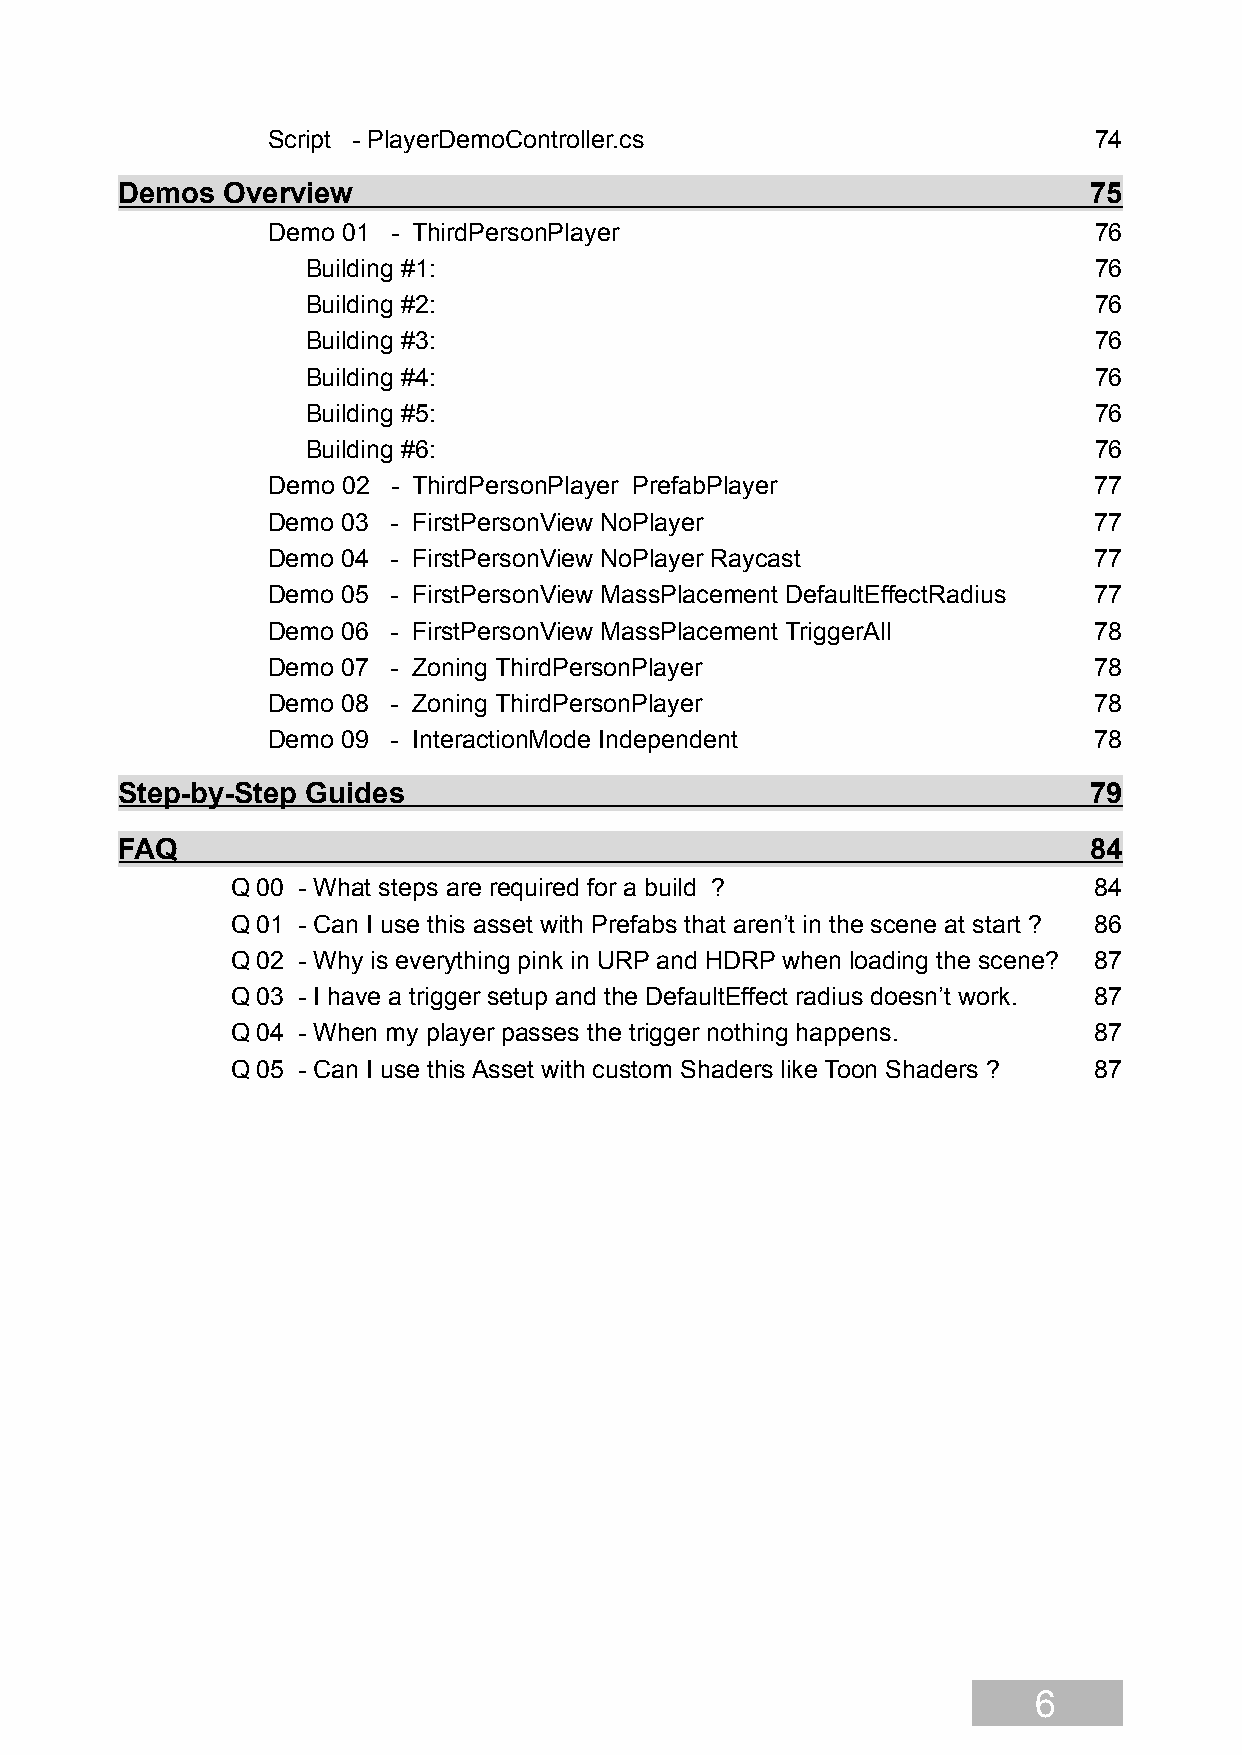
Script - PlayerDemoController.cs                      74
 Demos  Overview                                                 75
 Demo 01 - ThirdPersonPlayer                           76
 Building #1:                                        76
 Building #2:                                        76
 Building #3:                                        76
 Building #4:                                        76
 Building #5:                                        76
 Building #6:                                        76
 Demo 02 - ThirdPersonPlayer PrefabPlayer              77
 Demo 03 - FirstPersonView NoPlayer                    77
 Demo 04 - FirstPersonView NoPlayer Raycast            77
 Demo 05 - FirstPersonView MassPlacement DefaultEffectRadius 77
 Demo 06 - FirstPersonView MassPlacement TriggerAll    78
 Demo 07 - Zoning ThirdPersonPlayer                    78
 Demo 08 - Zoning ThirdPersonPlayer                    78
 Demo 09 - InteractionMode Independent                 78
 Step-by-Step Guides                                             79
 FAQ                                                             84
 Q 00 - What steps are required for a build ?             84
 Q 01 - Can I use this asset with Prefabs that aren’t in the scene at start ? 86
 Q 02 - Why is everything pink in URP and HDRP when loading the scene? 87
 Q 03 - I have a trigger setup and the DefaultEffect radius doesn’t work. 87
 Q 04 - When my player passes the trigger nothing happens. 87
 Q 05 - Can I use this Asset with custom Shaders like Toon Shaders ? 87
 6